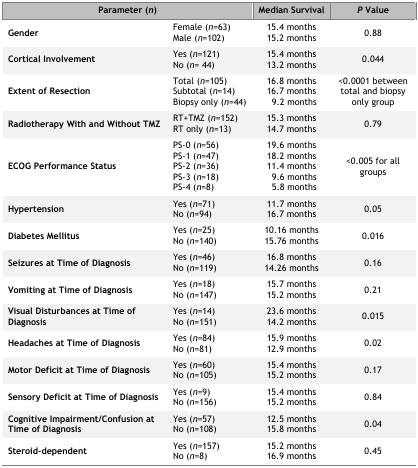
<table><thead><tr><td colspan="2"><b>Parameter (<i>n</i>)</b></td><td><b>Median Survival</b></td><td><b><i>P</i> Value</b></td></tr></thead><tbody><tr><td rowspan="2"><b>Gender</b></td><td>Female (<i>n</i>=63)</td><td>15.4 months</td><td rowspan="2">0.88</td></tr><tr><td>Male (<i>n</i>=102)</td><td>15.2 months</td></tr><tr><td rowspan="2"><b>Cortical Involvement</b></td><td>Yes (<i>n</i>=121)</td><td>15.4 months</td><td rowspan="2">0.044</td></tr><tr><td>No (<i>n</i>= 44)</td><td>13.2 months</td></tr><tr><td rowspan="3"><b>Extent of Resection</b></td><td>Total (<i>n</i>=105)</td><td>16.8 months</td><td rowspan="3">&lt;0.0001 between total and biopsy only group</td></tr><tr><td>Subtotal (<i>n</i>=14)</td><td>16.7 months</td></tr><tr><td>Biopsy only (<i>n</i>=44)</td><td>9.2 months</td></tr><tr><td rowspan="2"><b>Radiotherapy With and Without TMZ</b></td><td>RT+TMZ (<i>n</i>=152)</td><td>15.3 months</td><td rowspan="2">0.79</td></tr><tr><td>RT only (<i>n</i>=13)</td><td>14.7 months</td></tr><tr><td rowspan="5"><b>ECOG Performance Status</b></td><td>PS-0 (<i>n</i>=56)</td><td>19.6 months</td><td rowspan="5">&lt;0.005 for all groups</td></tr><tr><td>PS-1 (<i>n</i>=47)</td><td>18.2 months</td></tr><tr><td>PS-2 (<i>n</i>=36)</td><td>11.4 months</td></tr><tr><td>PS-3 (<i>n</i>=18)</td><td>9.6 months</td></tr><tr><td>PS-4 (<i>n</i>=8)</td><td>5.8 months</td></tr><tr><td rowspan="2"><b>Hypertension</b></td><td>Yes (<i>n</i>=71)</td><td>11.7 months</td><td rowspan="2">0.05</td></tr><tr><td>No (<i>n</i>=94)</td><td>16.7 months</td></tr><tr><td rowspan="2"><b>Diabetes Mellitus</b></td><td>Yes (<i>n</i>=25)</td><td>10.16 months</td><td rowspan="2">0.016</td></tr><tr><td>No (<i>n</i>=140)</td><td>15.76 months</td></tr><tr><td rowspan="2"><b>Seizures at Time of Diagnosis</b></td><td>Yes (<i>n</i>=46)</td><td>16.8 months</td><td rowspan="2">0.16</td></tr><tr><td>No (<i>n</i>=119)</td><td>14.26 months</td></tr><tr><td rowspan="2"><b>Vomiting at Time of Diagnosis</b></td><td>Yes (<i>n</i>=18)</td><td>15.7 months</td><td rowspan="2">0.21</td></tr><tr><td>No (<i>n</i>=147)</td><td>15.2 months</td></tr><tr><td rowspan="2"><b>Visual Disturbances at Time of Diagnosis</b></td><td>Yes (<i>n</i>=14)</td><td>23.6 months</td><td rowspan="2">0.015</td></tr><tr><td>No (<i>n</i>=151)</td><td>14.2 months</td></tr><tr><td rowspan="2"><b>Headaches at Time of Diagnosis</b></td><td>Yes (<i>n</i>=84)</td><td>15.9 months</td><td rowspan="2">0.02</td></tr><tr><td>No (<i>n</i>=81)</td><td>12.9 months</td></tr><tr><td rowspan="2"><b>Motor Deficit at Time of Diagnosis</b></td><td>Yes (<i>n</i>=60)</td><td>15.4 months</td><td rowspan="2">0.17</td></tr><tr><td>No (<i>n</i>=105)</td><td>15.2 months</td></tr><tr><td rowspan="2"><b>Sensory Deficit at Time of Diagnosis</b></td><td>Yes (<i>n</i>=9)</td><td>15.4 months</td><td rowspan="2">0.84</td></tr><tr><td>No (<i>n</i>=156)</td><td>15.2 months</td></tr><tr><td rowspan="2"><b>Cognitive Impairment/Confusion at Time of Diagnosis</b></td><td>Yes (<i>n</i>=57)</td><td>12.5 months</td><td rowspan="2">0.04</td></tr><tr><td>No (<i>n</i>=108)</td><td>15.8 months</td></tr><tr><td rowspan="2"><b>Steroid-dependent</b></td><td>Yes (<i>n</i>=157)</td><td>15.2 months</td><td rowspan="2">0.45</td></tr><tr><td>No (<i>n</i>=8)</td><td>16.9 months</td></tr></tbody></table>